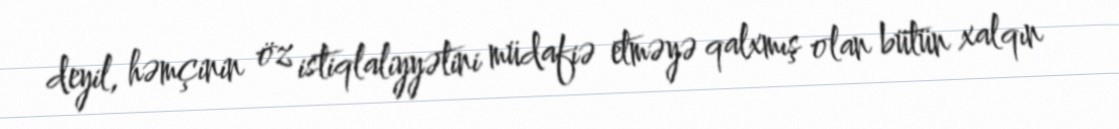
deyil, həmçinin öz istiqlaliyyətini müdafiə etməyə qalxmış olan bütün xalqın